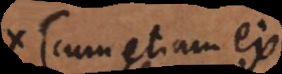
(cum etiam ex